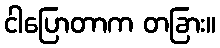
ငါပြောတာက တခြား။